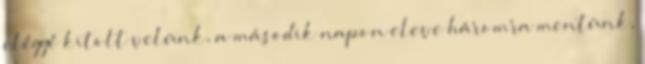
eléggé kitolt velünk, a második napon eleve háromra mentünk,